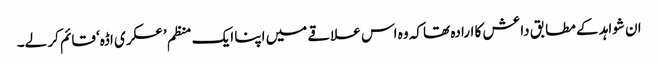
ان شواہد کے مطابق داعش کا ارادہ تھا کہ وہ اس علاقے میں اپنا ایک منظم ’عسکری اڈہ‘ قائم کر لے۔